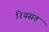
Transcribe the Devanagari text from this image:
रियसत